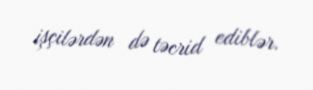
işçilərdən də təcrid ediblər.